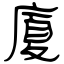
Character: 廈